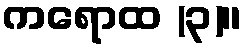
ကရောထ (၃)။